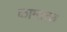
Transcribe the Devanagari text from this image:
कामतरु